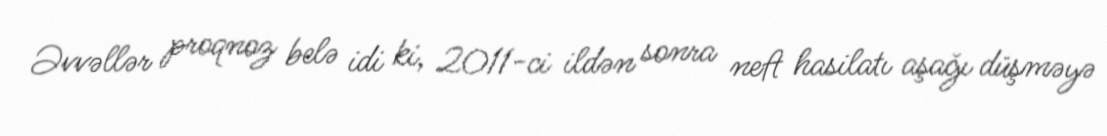
Əvvəllər proqnoz belə idi ki, 2011-ci ildən sonra neft hasilatı aşağı düşməyə